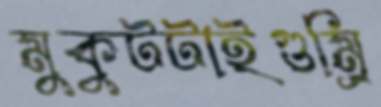
মুকুটটাইগুম্‌রি